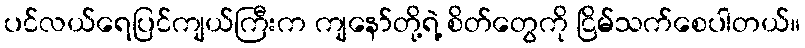
ပင်လယ်ရေပြင်ကျယ်ကြီးက ကျနော်တို့ရဲ့ စိတ်တွေကို ငြိမ်သက်စေပါတယ်။